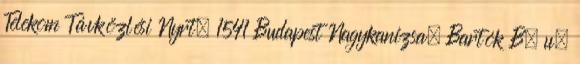
Telekom Távközlési Nyrt. 1541 Budapest Nagykanizsa, Bartók B. u.